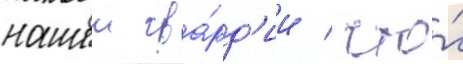
нашеи гва́рд'ии / что́